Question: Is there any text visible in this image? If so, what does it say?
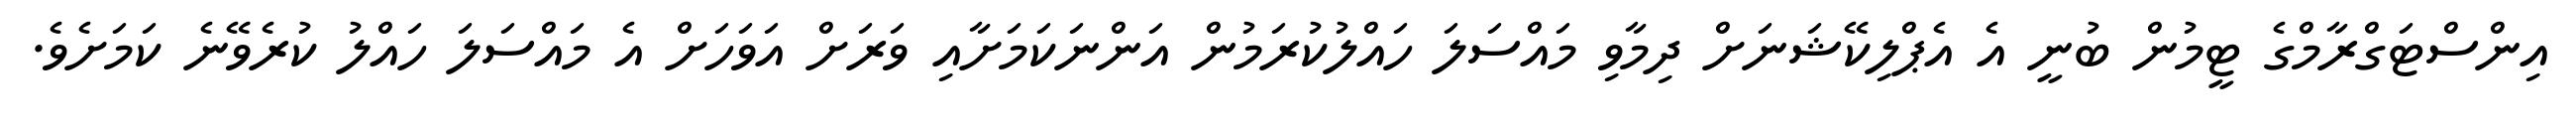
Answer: އިންސްޓަގްރާމްގެ ޓީމުން ބުނީ އެ އެޕްލިކޭޝަނަށް ދިމާވި މައްސަލަ ހައްލުކުރަމުން އަންނަކަމަށާއި ވަރަށް އަވަހަށް އެ މައްސަލަ ހައްލު ކުރެވޭނެ ކަމަށެވެ.